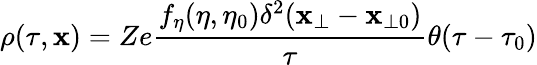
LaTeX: \rho(\tau,\mathbf{x})=Ze\frac{f_{\eta}(\eta,\eta_{0})\delta^{2}(\mathbf{x_{\bot}}-\mathbf{x}_{\bot 0})}{\tau}\theta(\tau-\tau_{0})